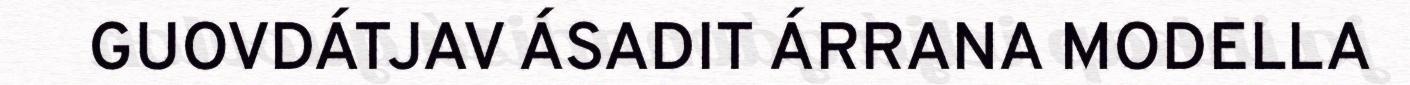
GUOVDÁTJAV ÁSADIT ÁRRANA MODELLA